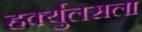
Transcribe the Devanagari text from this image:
हर्क्युलसला